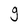
Character: g